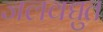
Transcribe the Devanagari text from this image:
जलवद्युत